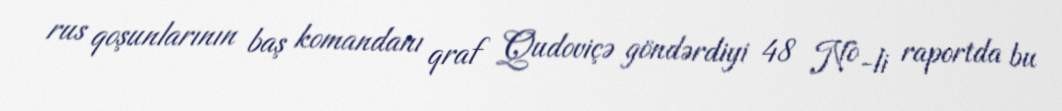
rus qoşunlarının baş komandanı qraf Qudoviçə göndərdiyi 48 №-li raportda bu